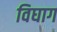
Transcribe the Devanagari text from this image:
विघाग